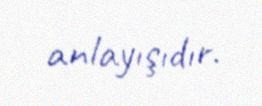
anlayışıdır.